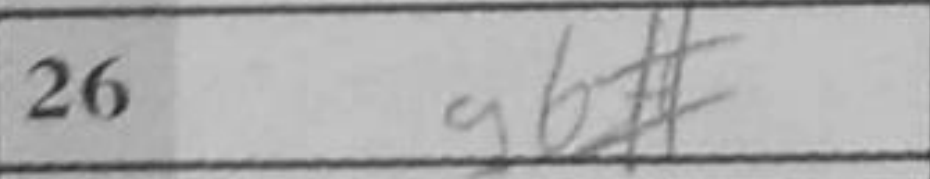
Transcription: g6#